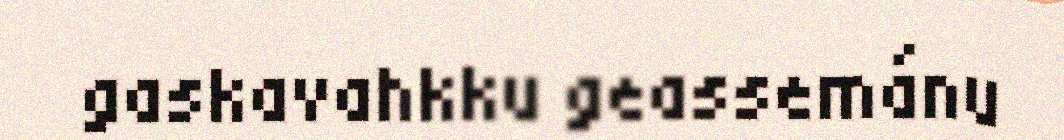
gaskavahkku geassemánu